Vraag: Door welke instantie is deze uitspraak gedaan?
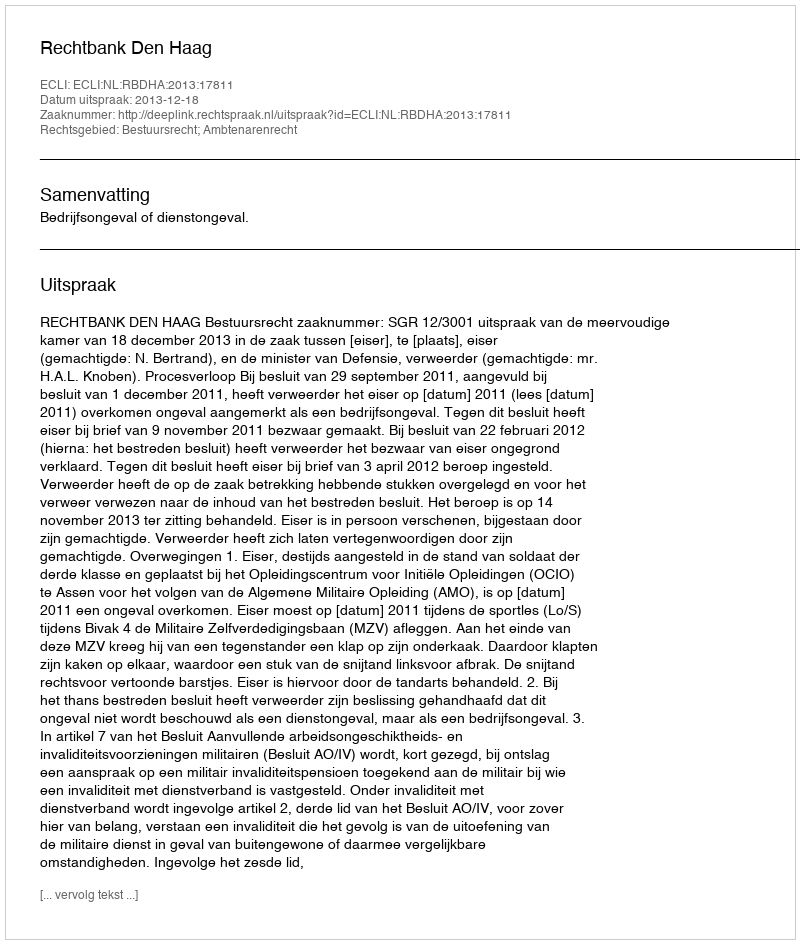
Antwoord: Rechtbank Den Haag